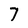
Character: 7